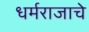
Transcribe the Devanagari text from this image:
धर्मराजाचे